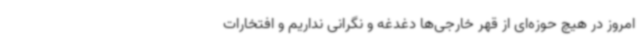
امروز در هیچ حوزه‌ای از قهر خارجی‌ها دغدغه و نگرانی نداریم و افتخارات